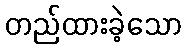
တည်ထားခဲ့သော